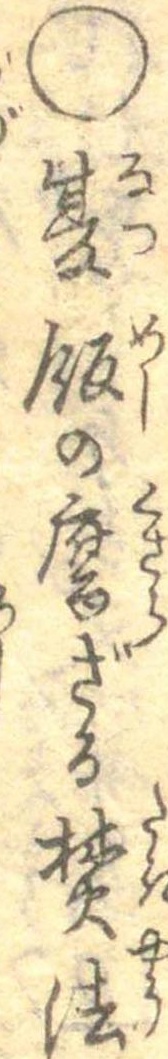
○夏飯の腐ざる焚法